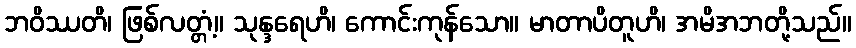
ဘဝိဿတိ၊ ဖြစ်လတ္တံ့။ သုန္ဒရေဟိ၊ ကောင်းကုန်သော။ မာတာပိတူဟိ၊ အမိအဘတို့သည်။